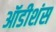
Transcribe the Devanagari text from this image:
ऑडीशंस